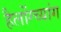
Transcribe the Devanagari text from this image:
हैलोंग्च्यांग